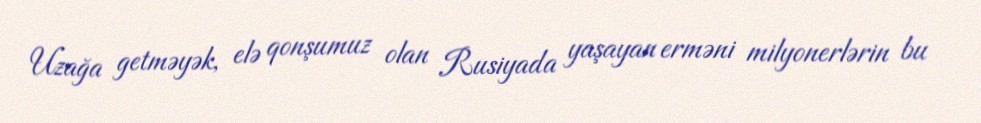
Uzağa getməyək, elə qonşumuz olan Rusiyada yaşayan erməni milyonerlərin bu